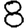
Digit: 8